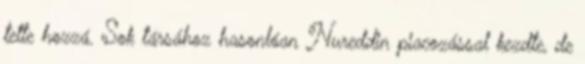
tette hozzá. Sok társához hasonlóan Nureddin piacozással kezdte, de